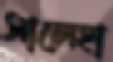
সালেহা